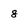
Character: 8